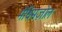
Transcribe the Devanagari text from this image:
मेथिमज़ोल